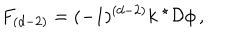
F _ { ( d - 2 ) } = ( - 1 ) ^ { ( d - 2 ) } k \ { } ^ { \star } { \cal D } \phi \, ,